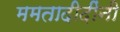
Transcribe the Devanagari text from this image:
ममतादीदींनी